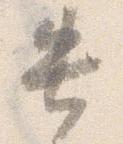
失